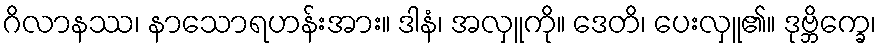
ဂိလာနဿ၊ နာသောရဟန်းအား။ ဒါနံ၊ အလှူကို။ ဒေတိ၊ ပေးလှူ၏။ ဒုဗ္ဘိက္ခေ၊